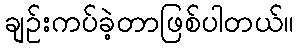
ချဉ်းကပ်ခဲ့တာဖြစ်ပါတယ်။